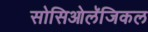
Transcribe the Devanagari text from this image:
सोसिओलॅजिकल